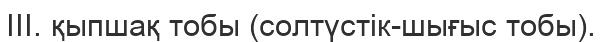
ІІІ. қыпшақ тобы (солтүстік-шығыс тобы).